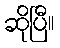
ဆိုပြီ။